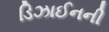
ડિઝાઈનની